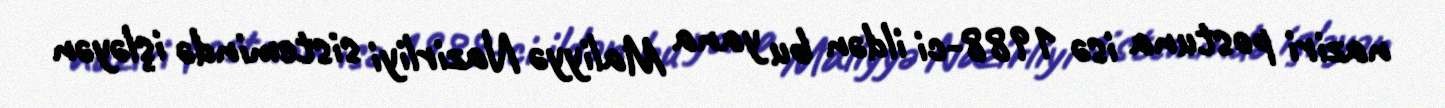
naziri postuna isə 1988-ci ildən bu yana Maliyyə Nazirliyi sistemində işləyən